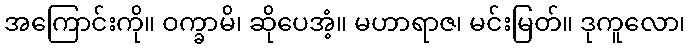
အကြောင်းကို။ ဝက္ခာမိ၊ ဆိုပေအံ့။ မဟာရာဇ၊ မင်းမြတ်။ ဒုကူလော၊